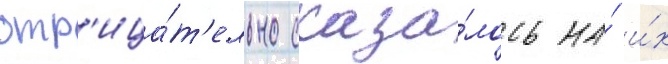
отр'ица́т'ельно сказа́лось на́ и́х